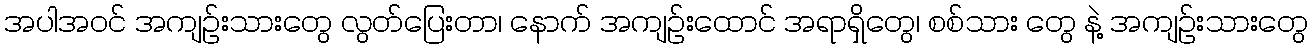
အပါအဝင် အကျဉ်းသားတွေ လွတ်ပြေးတာ၊ နောက် အကျဉ်းထောင် အရာရှိတွေ၊ စစ်သား တွေ နဲ့ အကျဉ်းသားတွေ